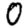
Digit: 0